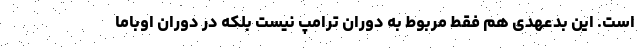
است. این بدعهدی هم فقط مربوط به دوران ترامپ نیست بلکه در دوران اوباما